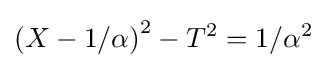
\left(X-1/\alpha \right)^{2}-T^{2}=1/\alpha ^{2}